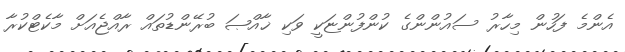
އެންމެ ފަހުން މިހާރު ސައުންންގެ ކުންފުންޏަކީ ވަކި ޚާއްޞަ ބުރޭންޑުތައް ރާއްޖެއަށް މާކެޓްކުރާ